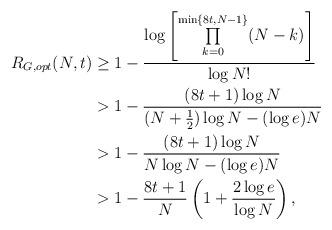
LaTeX: \begin{align*}R_{G,opt}(N,t)&\geq 1-\frac{\log \left[\prod\limits_{k=0}^{\min\{8t,N-1\}}(N-k)\right]}{\log N!}\\&>1-\frac{(8t+1)\log N}{(N+\frac{1}{2})\log N -(\log e)N}\\&>1-\frac{(8t+1)\log N}{N\log N -(\log e)N}\\&>1-\frac{8t+1}{N}\left(1+\frac{2\log e}{\log N}\right),\\\end{align*}